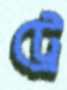
ট্রে